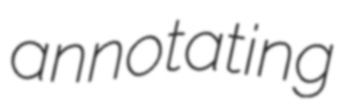
annotating